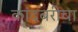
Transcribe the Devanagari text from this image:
कांदबरीचा